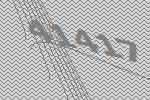
41417